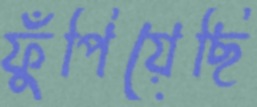
ফুঁপিয়েছি